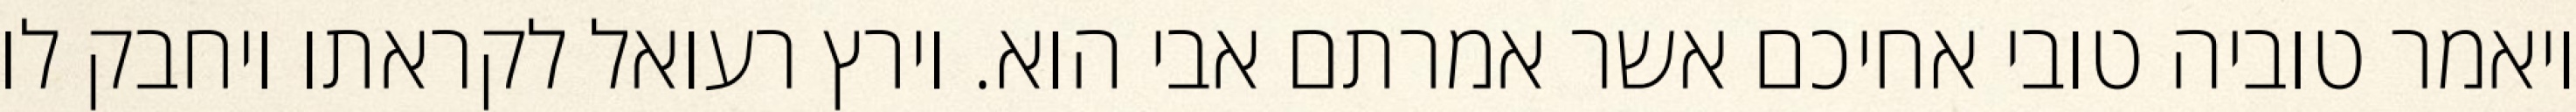
ויאמר טוביה טובי אחיכם אשר אמרתם אבי הוא. וירץ רעואל לקראתו ויחבק לו